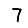
Digit: 7